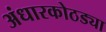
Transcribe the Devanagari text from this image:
अंधारकोठड्या